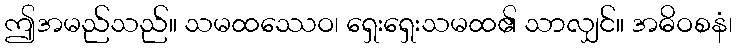
ဤအမည်သည်။ သမထဿေဝ၊ ရှေးရှေးသမထ၏ သာလျှင်။ အဓိဝစနံ၊